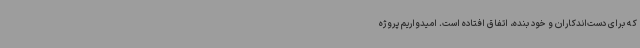
که برای دست‌اندکاران و خود بنده، اتفاق افتاده است. امیدواریم پروژه